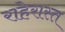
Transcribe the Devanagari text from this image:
राहेरास्त